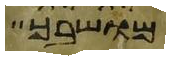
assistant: מושבך